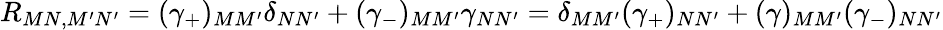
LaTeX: R_{MN,M^{\prime}N^{\prime}}=(\gamma_{+})_{MM^{\prime}}\delta_{NN^{\prime}}+(\gamma_{-})_{MM^{\prime}}\gamma_{NN^{\prime}}=\delta_{MM^{\prime}}(\gamma_{+})_{NN^{\prime}}+(\gamma)_{MM^{\prime}}(\gamma_{-})_{NN^{\prime}}